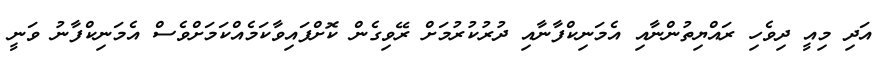
އަދި މިއީ ދިވެހި ރައްޔިތުންނާއި އެމަނިކްފާނާއި ދުރުކުރުމަށް ރޭވިގެން ކޮށްފައިވާކަމެއްކަމަށްވެސް އެމަނިކްފާނު ވަނީ